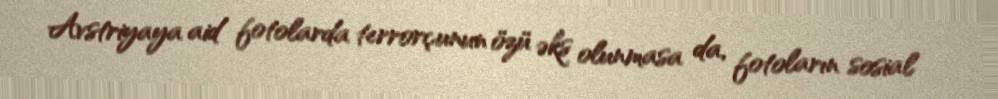
Avstriyaya aid fotolarda terrorçunun özü əks olunmasa da, fotoların sosial